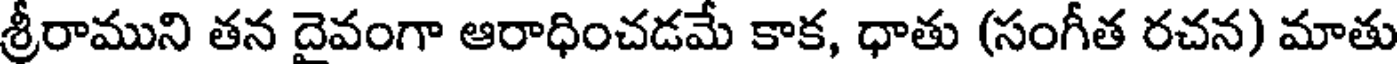
శ్రీరాముని తన దైవంగా ఆరాధించడమే కాక, ధాతు (సంగీత రచన) మాతు